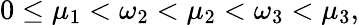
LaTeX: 0\le\mu_{1}<\omega_{2}<\mu_{2}<\omega_{3}<\mu_{3},